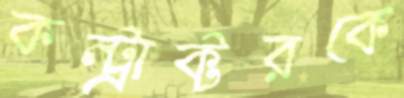
কন্ট্রাক্টরকে